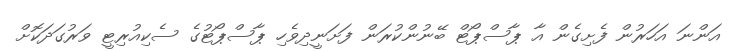
އަންނަ އަހަރުން ފެށިގެން އާ ޕާސްޕޯޓް ބޭނުންކުރަން ފަށަނީދިވެހި ޕާސްޕޯޓުގެ ސެކިއުރިޓީ ވަރުގަދަކޮށް